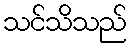
သင်သိသည်